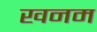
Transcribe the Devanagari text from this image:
खनम